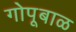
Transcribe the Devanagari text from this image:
गोपूबाळ